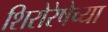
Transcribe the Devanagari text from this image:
शिरोरेषेच्या